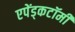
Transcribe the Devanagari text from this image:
एपेंड्कटॉमी